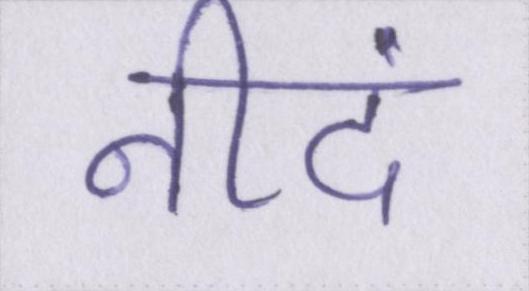
नीदं